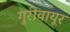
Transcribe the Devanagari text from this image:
गुरीवायूर